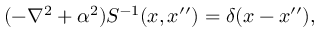
( - \nabla ^ { 2 } + \alpha ^ { 2 } ) S ^ { - 1 } ( x , x ^ { \prime \prime } ) = \delta ( x - x ^ { \prime \prime } ) ,